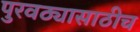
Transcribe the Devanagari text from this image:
पुरवठ्यासाठीच